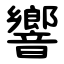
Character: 響